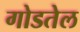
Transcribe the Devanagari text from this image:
गोडतेल